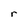
Character: r